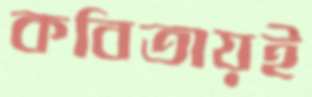
কবিতায়ই